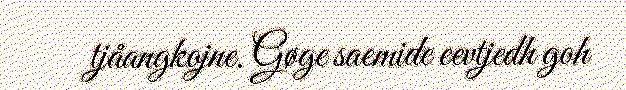
tjåangkojne. Gøge saemide eevtjedh goh